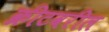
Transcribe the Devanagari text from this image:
क्रीटवरील